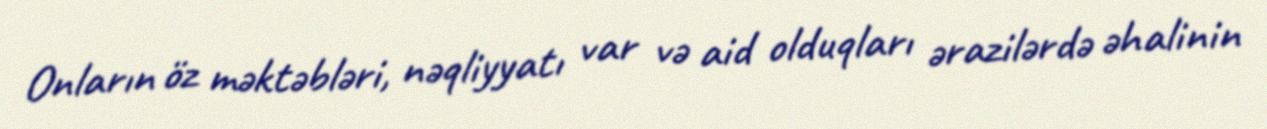
Onların öz məktəbləri, nəqliyyatı var və aid olduqları ərazilərdə əhalinin